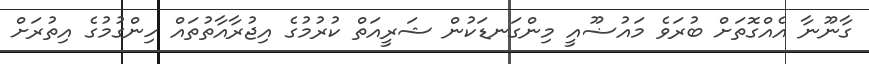
ގާނޫނާ އެއްގޮތަށް ބުރަވެ މައުޟޫއީ މިންގަނޑަކުން ޝަރީއަތް ކުރުމުގެ އިޖުރާއާތުތައް ހިންގުމުގެ އިތުރަށް